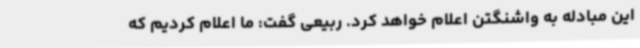
این مبادله به واشنگتن اعلام خواهد کرد. ربیعی گفت: ما اعلام کردیم که